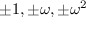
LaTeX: \pm 1 , \pm \omega , \pm \omega ^ { 2 }